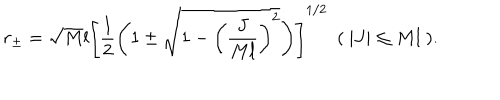
LaTeX: r _ { \pm } = \sqrt { M } l \left[ \frac { 1 } { 2 } \left( 1 \pm \sqrt { 1 - \left( \frac { J } { M l } \right) ^ { 2 } } \right) \right] ^ { 1 / 2 } ~ ~ ( ~ | J | \leq M l ~ ) .